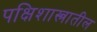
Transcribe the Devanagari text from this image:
पक्षिशास्त्रातील